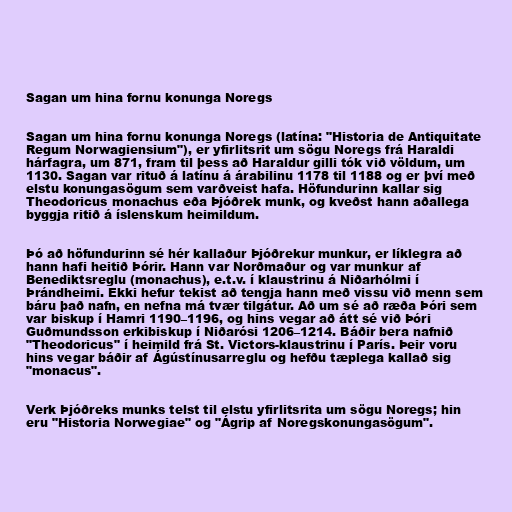
Sagan um hina fornu konunga Noregs

Sagan um hina fornu konunga Noregs (latína: "Historia de Antiquitate
Regum Norwagiensium"), er yfirlitsrit um sögu Noregs frá Haraldi
hárfagra, um 871, fram til þess að Haraldur gilli tók við völdum, um
1130. Sagan var rituð á latínu á árabilinu 1178 til 1188 og er því með
elstu konungasögum sem varðveist hafa. Höfundurinn kallar sig
Theodoricus monachus eða Þjóðrek munk, og kveðst hann aðallega
byggja ritið á íslenskum heimildum.

Þó að höfundurinn sé hér kallaður Þjóðrekur munkur, er líklegra að
hann hafi heitið Þórir. Hann var Norðmaður og var munkur af
Benediktsreglu (monachus), e.t.v. í klaustrinu á Niðarhólmi í
Þrándheimi. Ekki hefur tekist að tengja hann með vissu við menn sem
báru það nafn, en nefna má tvær tilgátur. Að um sé að ræða Þóri sem
var biskup í Hamri 1190–1196, og hins vegar að átt sé við Þóri
Guðmundsson erkibiskup í Niðarósi 1206–1214. Báðir bera nafnið
"Theodoricus" í heimild frá St. Victors-klaustrinu í París. Þeir voru
hins vegar báðir af Ágústínusarreglu og hefðu tæplega kallað sig
"monacus".

Verk Þjóðreks munks telst til elstu yfirlitsrita um sögu Noregs; hin
eru "Historia Norwegiae" og "Ágrip af Noregskonungasögum".